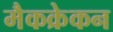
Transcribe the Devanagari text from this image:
मैकक्रेकन